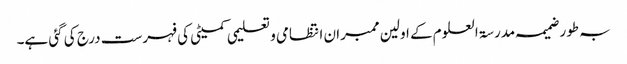
بہ طور ضمیمہ مدرسۃ العلوم کے اولین ممبران انتظامی و تعلیمی کمیٹی کی فہرست درج کی گئی ہے۔